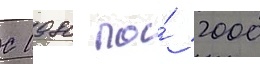
С 1980 по́ 2000